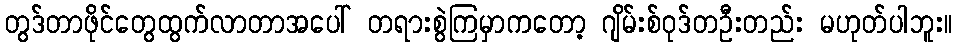
တွဒ်တာဖိုင်တွေထွက်လာတာအပေါ် တရားစွဲကြမှာကတော့ ဂျိမ်းစ်ဝုဒ်တဦးတည်း မဟုတ်ပါဘူး။